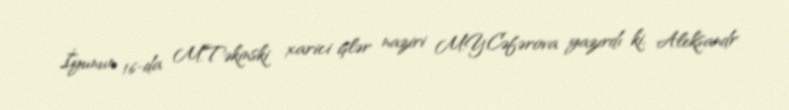
İyunun 16-da M.Təkinski xarici işlər naziri M.Y.Cəfərova yazırdı ki, Aleksandr